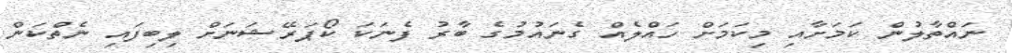
ނައްތާލުން ކަމަށާއި މިކަމަށް ހައްލެއް ގެނައުމުގެ ބާރު ފެނަކަ ކޯޕަރޭޝަނަށް ލިބިފައި ނެތްކަން